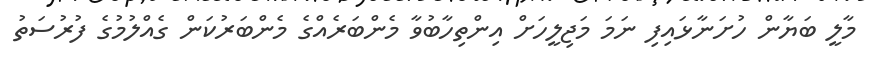
މާލީ ބަޔާން ހުށަނާޅައިފި ނަމަ މަޖިލީހަށް އިންތިހާބުވާ މެންބަރެއްގެ މެންބަރުކަން ގެއްލުމުގެ ފުރުސަތު